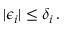
| \epsilon _ { i } | \le \delta _ { i } \, .